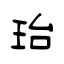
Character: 珆